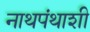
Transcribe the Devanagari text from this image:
नाथपंथाशी